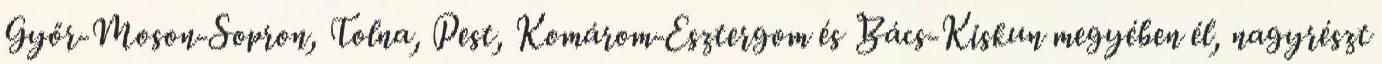
Győr-Moson-Sopron, Tolna, Pest, Komárom-Esztergom és Bács-Kiskun megyében él, nagyrészt